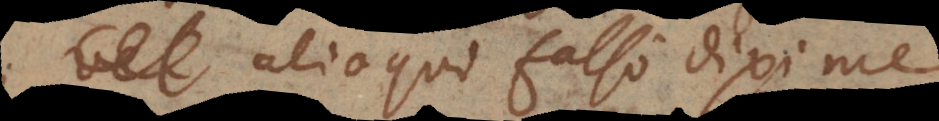
e; alioqui falso dixi me